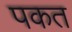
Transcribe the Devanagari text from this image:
पकत